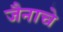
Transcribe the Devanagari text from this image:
जैनाचे